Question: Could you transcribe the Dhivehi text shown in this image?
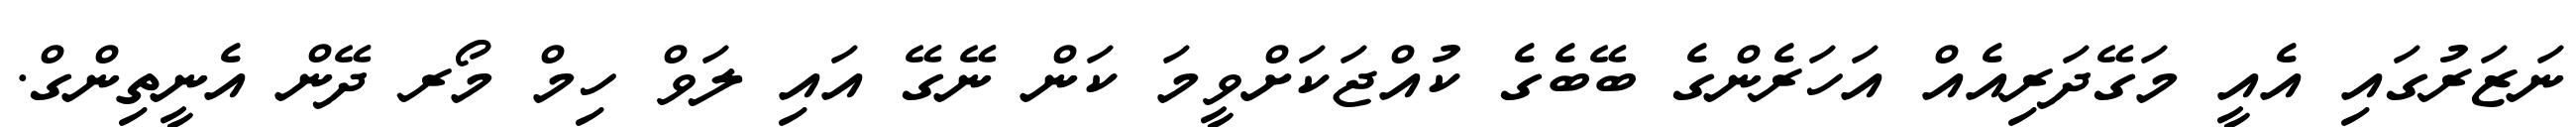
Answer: ނަޒަރުގައި އެއީ މަގޭދަރިއެއް އަހަރެންގެ ބޭބެގެ ކުއްޖަކަށްވީމަ ކަން ނޭގޭ އައި ލަވް ހިމް މޯރ ދޭން އެނީތިންގް.